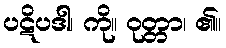
ပဋိပဒါ၊ ကို။ ဝုတ္တာ၊ ၏။